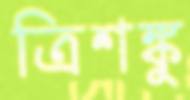
ত্রিশঙ্কু